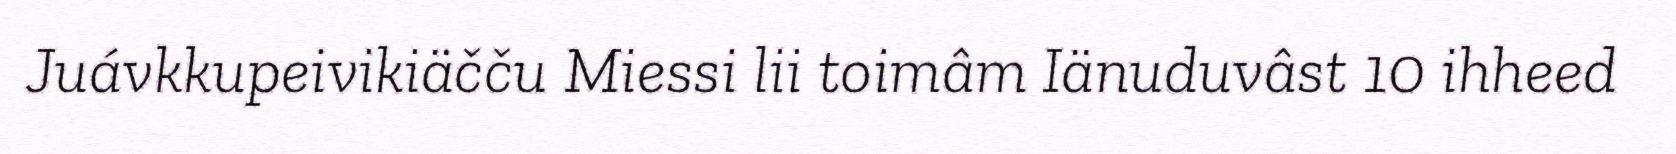
Juávkkupeivikiäčču Miessi lii toimâm Iänuduvâst 10 ihheed